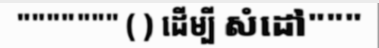
""""""" ( ) ដើម្បី សំដៅ"""